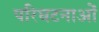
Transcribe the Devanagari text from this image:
परिघटनाओंं